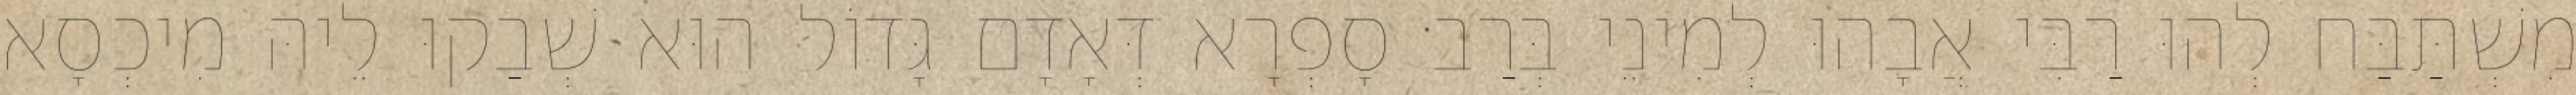
מִשְׁתַּבַּח לְהוּ רַבִּי אֲבָהוּ לְמִינֵי בְּרַב סָפְרָא דְּאָדָם גָּדוֹל הוּא שְׁבַקוּ לֵיהּ מִיכְסָא